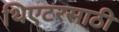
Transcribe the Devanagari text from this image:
थिएटरसाठी